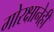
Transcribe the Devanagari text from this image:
गोरक्षानेही